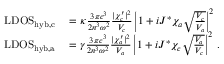
\begin{array} { r l } { \mathrm { L D O S } _ { \mathrm { h y b , c } } } & { { } = \kappa \frac { 3 \pi c ^ { 3 } } { 2 n ^ { 3 } \omega ^ { 2 } } \frac { | \chi _ { c } ^ { \prime } | ^ { 2 } } { V _ { c } } \left| 1 + i J ^ { * } \chi _ { a } \sqrt { \frac { V _ { c } } { V _ { a } } } \right| ^ { 2 } } \\ { \mathrm { L D O S } _ { \mathrm { h y b , a } } } & { { } = \gamma \frac { 3 \pi c ^ { 3 } } { 2 n ^ { 3 } \omega ^ { 2 } } \frac { | \chi _ { a } ^ { \prime } | ^ { 2 } } { V _ { a } } \left| 1 + i J ^ { * } \chi _ { c } \sqrt { \frac { V _ { a } } { V _ { c } } } \right| ^ { 2 } \, . } \end{array}